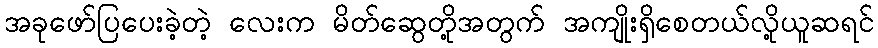
အခုဖော်ပြပေးခဲ့တဲ့ လေးက မိတ်ဆွေတို့အတွက် အကျိုးရှိစေတယ်လို့ယူဆရင်